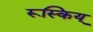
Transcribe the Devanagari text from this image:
रूस्किय्